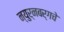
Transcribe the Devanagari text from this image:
न्युर्नबर्गचे